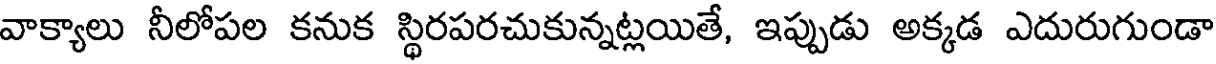
వాక్యాలు నీలోపల కనుక స్థిరపరచుకున్నట్లయితే, ఇప్పుడు అక్కడ ఎదురుగుండా